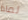
لماذا